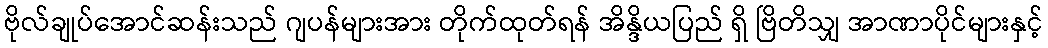
ဗိုလ်ချုပ်အောင်ဆန်းသည် ဂျပန်များအား တိုက်ထုတ်ရန် အိန္ဒိယပြည် ရှိ ဗြိတိသျှ အာဏာပိုင်များနှင့်